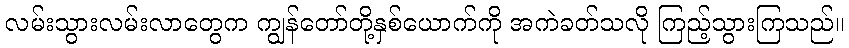
လမ်းသွားလမ်းလာတွေက ကျွန်တော်တို့နှစ်ယောက်ကို အကဲခတ်သလို ကြည့်သွားကြသည်။